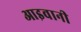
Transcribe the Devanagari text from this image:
आइवानी